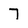
Character: 7